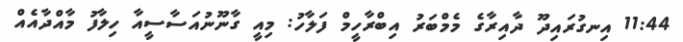
11:44 އިނގުރައިދޫ ދާއިރާގެ މެމްބަރު އިބްރާހީމް ފަލާހު: މިއީ ގާނޫނުއަސާސީއާ ހިލާފު މާއްދާއެއް